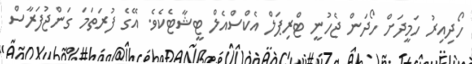
ހޯދިިއިރު ހަމީދަށް ހޯދަން ޖެހުނީ ޓްރިޕަލް އެކްސްއެލް ޓީޝާޓެކެވެ. އޭގެ ފުރަތަމަ ގަންޖުފަރާސް